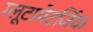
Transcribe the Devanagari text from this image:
ग्लूटामेटर्जिक